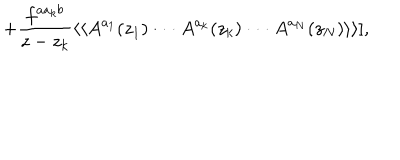
+ { \frac { f ^ { a a _ { k } b } } { z - z _ { k } } } \langle \langle A ^ { a _ { 1 } } ( z _ { 1 } ) \cdot \cdot \cdot A ^ { a _ { k } } ( z _ { k } ) \cdot \cdot \cdot A ^ { a _ { N } } ( z _ { N } ) \rangle \rangle ] ,